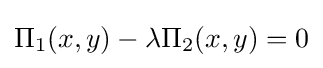
\Pi _{1}(x,y)-\lambda \Pi _{2}(x,y)=0